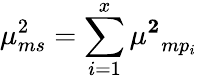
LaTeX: \mu_{ms}^{2}=\sum_{i=1}^{x}\mathbf{\mu^{2}}_{mp_{i}}